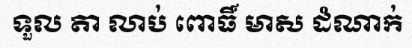
ទួល តា លាប់ ពោធិ៍ មាស ដំណាក់